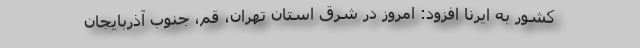
کشور به ایرنا افزود: امروز در شرق استان تهران، قم، جنوب آذربایجان